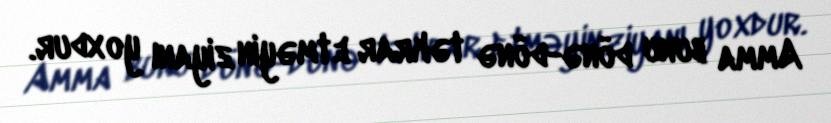
Amma bunu dönə-dönə təkrar etməyin ziyanı yoxdur.